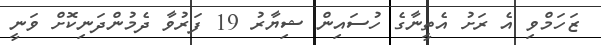
ޒަހަމްވި އެ ރަށު އެތީނާގެ ހުސައިން ޝިޔާރު 19 ފަރުވާ ދެމުންދަނިކޮށް ވަނީ